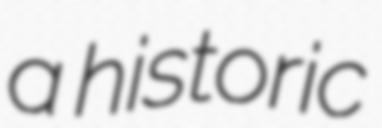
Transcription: a historic